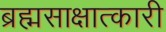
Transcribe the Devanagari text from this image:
ब्रह्मसाक्षात्कारी